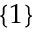
\{ 1 \}